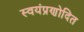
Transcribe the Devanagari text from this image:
स्वयंप्रणोदित